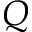
Q